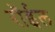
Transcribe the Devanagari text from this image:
रॉईल